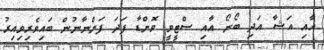
އާއި އަޝާ އަދި ބޯނޯ އާއި ސްޓީވީ ވޮންޑާ ފަދަ ފަންނާނުން ބައިވެރިވިއިރު